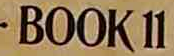
BOOK11